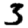
Digit: 3